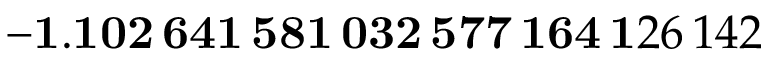
\mathbf { - 1 . 1 0 2 \, 6 4 1 \, 5 8 1 \, 0 3 2 \, 5 7 7 \, 1 6 4 \, 1 } 2 6 \, 1 4 2